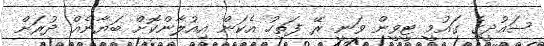
ސައުދީގެ ގައުމީ ޓީވީން ވަނީ ރޭ ފަތިހު އެކަން އިއުލާންކޮށް ބަޔާނެއް ދުރަށް